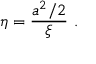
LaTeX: \eta = { \frac { a ^ { 2 } / 2 } { \xi } } \ .